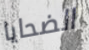
الضحايا